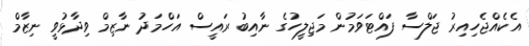
އެކެއްޖެހިއިރު ޖަލްސާ ފައްޓަވަމުން މަޖިލީހުގެ ނާއިބު ރައީސް އަހްމަދު ނާޒިމް ވިދާޅުވީ ނިޒާމް